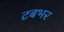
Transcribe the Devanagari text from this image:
टबभर